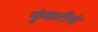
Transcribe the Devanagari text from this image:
फुंकरीचे